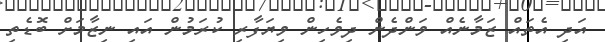
އަދި އެތައް ޒަމާނެއް ވަންދެން ދިވެހިން ވިޔަފާރި ކުރަމުން އައި ނިޒާމަށް ބޮޑެތި